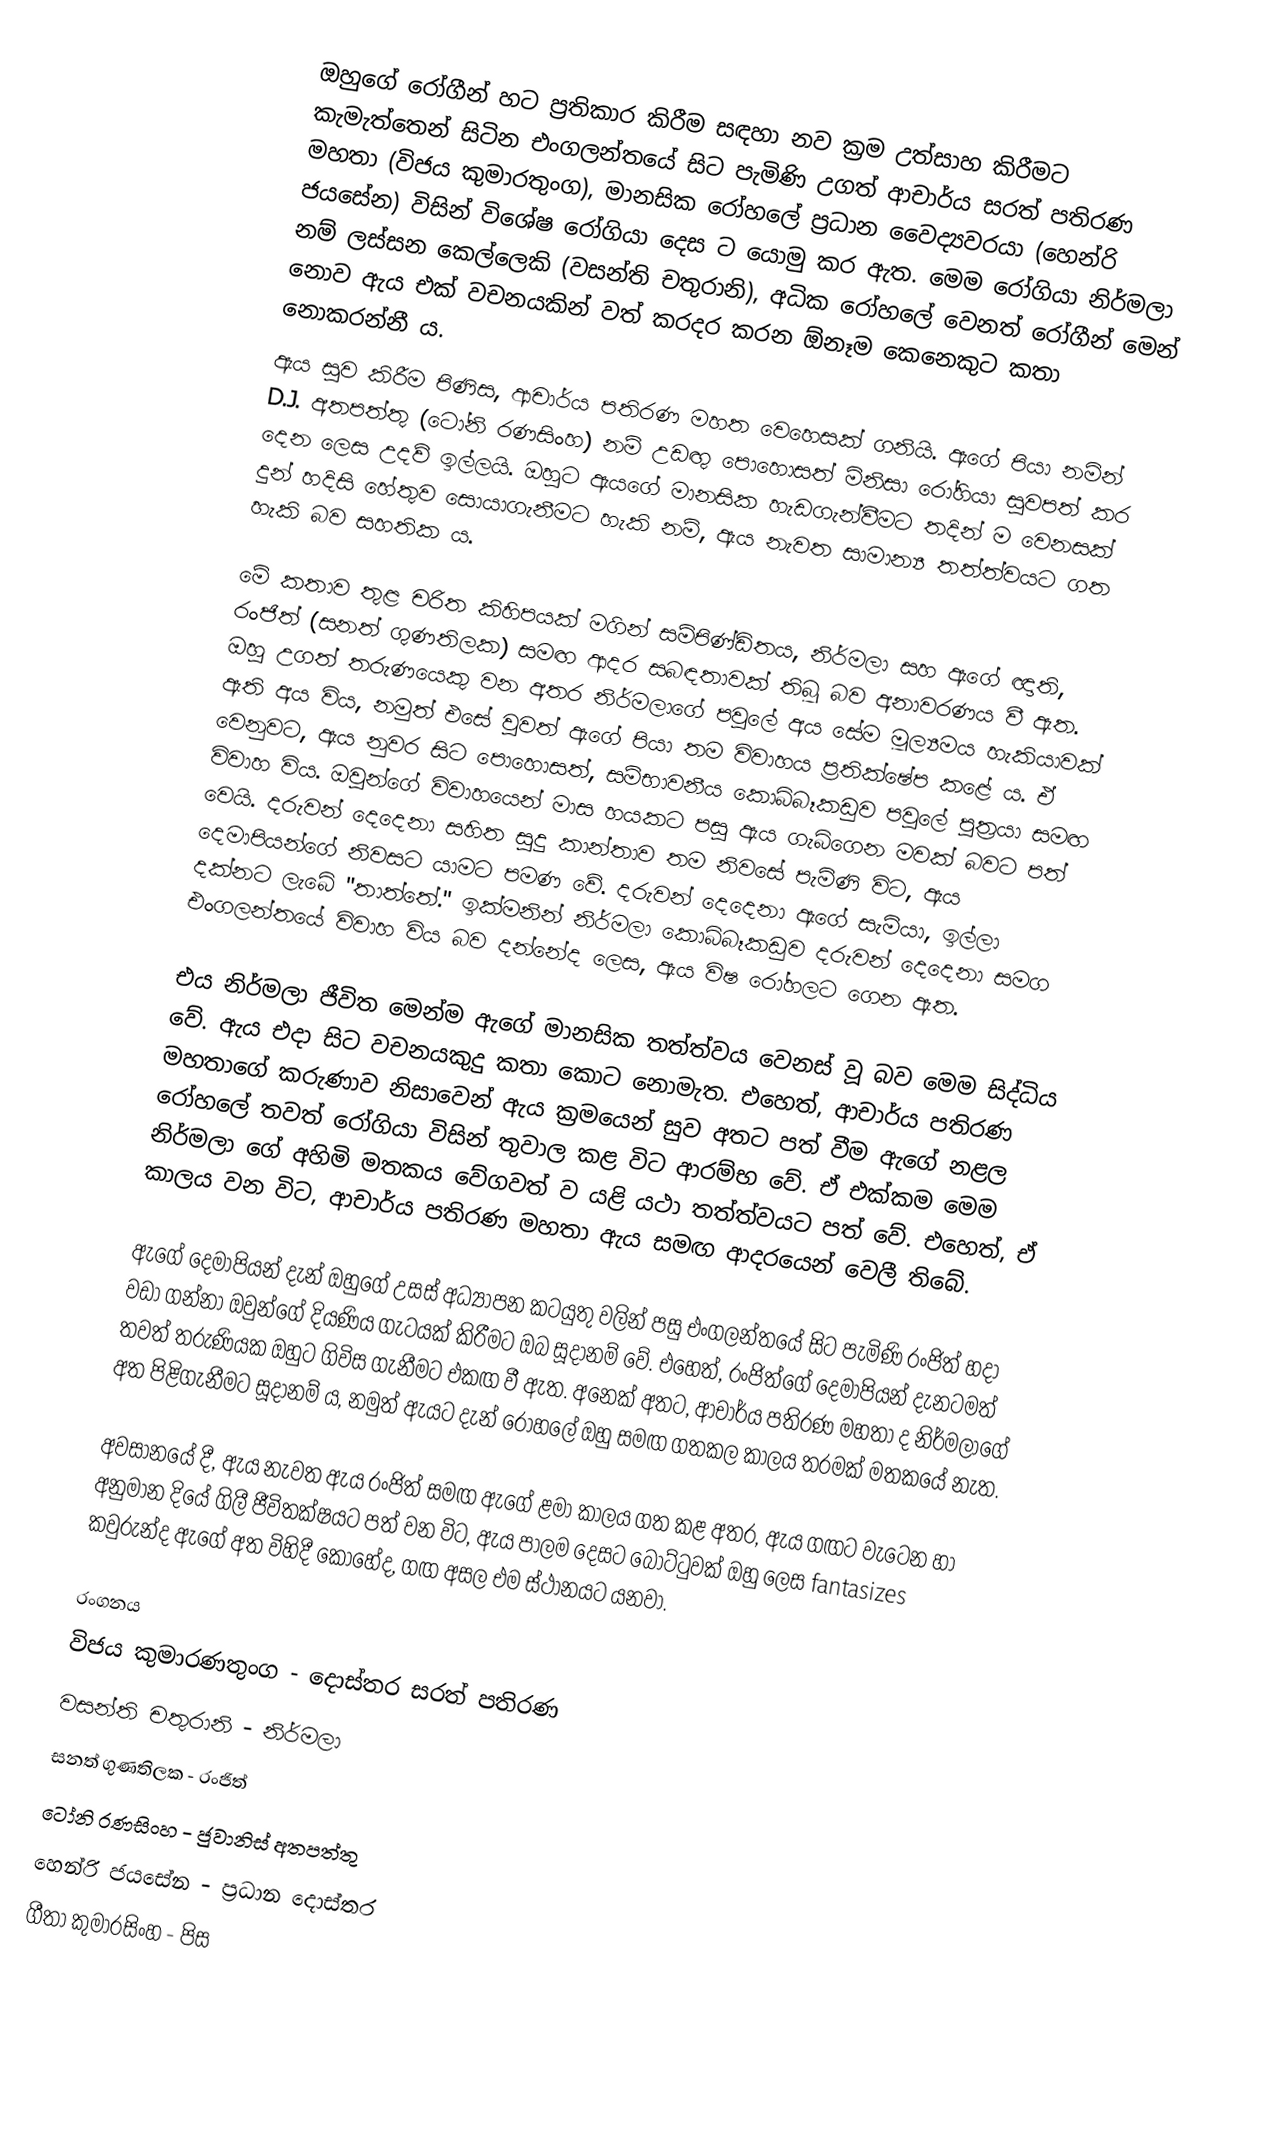
ඔහුගේ රෝගීන් හට ප්‍රතිකාර කිරීම සඳහා නව ක්‍රම උත්සාහ කිරීමට කැමැත්තෙන් සිටින එංගලන්තයේ සිට පැමිණි උගත් ආචාර්ය සරත් පතිරණ මහතා (විජය කුමාරතුංග), මානසික රෝහලේ ප්‍රධාන වෛද්‍යවරයා (හෙන්රි ජයසේන) විසින් විශේෂ රෝගියා දෙස ට යොමු කර ඇත. මෙම රෝගියා නිර්මලා නම් ලස්සන කෙල්ලෙකි (වසන්ති චතුරානි), අධික රෝහලේ වෙනත් රෝගීන් මෙන් නොව ඇය එක් වචනයකින් වත් කරදර කරන ඕනෑම කෙනෙකුට කතා නොකරන්නී ය.
ඇය සුව කිරීම පිණිස, ආචාර්ය පතිරණ මහත වෙහෙසක් ගනියි. ඇගේ පියා නමින් D.J. අතපත්තු (ටෝනි රණසිංහ) නම් උඩඟු පොහොසත් මිනිසා රෝහියා සුවපත් කර දෙන ලෙස උදව් ඉල්ලයි. ඔහුට ඇයගේ මානසික හැඩගැන්වීමට තදින් ම වෙනසක් දුන් හදිසි හේතුව සොයාගැනීමට හැකි නම්, ඇය නැවත සාමාන්‍ය තත්ත්වයට ගත හැකි බව සහතික ය.

මේ කතාව තුළ චරිත කිහිපයක් මගින් සම්පිණ්ඩිතය, නිර්මලා සහ ඇගේ ඥාති, රංජිත් (සනත් ගුණතිලක) සමඟ ආදර සබඳතාවක් තිබූ බව අනාවරණය වී ඇත. ඔහු උගත් තරුණයෙකු වන අතර නිර්මලාගේ පවුලේ අය සේම මූල්‍යමය හැකියාවක් ඇති අය විය, නමුත් එසේ වුවත් ඇගේ පියා තම විවාහය ප්‍රතික්ෂේප කළේ ය. ඒ වෙනුවට, ඇය නුවර සිට පොහොසත්, සම්භාවනීය කොබ්බෑකඩුව පවුලේ පුත්‍රයා සමඟ විවාහ විය. ඔවුන්ගේ විවාහයෙන් මාස හයකට පසු ඇය ගැබ්ගෙන මවක් බවට පත් වෙයි. දරුවන් දෙදෙනා සහිත සුදු කාන්තාව තම නිවසේ පැමිණි විට, ඇය දෙමාපියන්ගේ නිවසට යාමට පමණ වේ. දරුවන් දෙදෙනා ඇගේ සැමියා, ඉල්ලා දක්නට ලැබේ "තාත්තේ." ඉක්මනින් නිර්මලා කොබ්බෑකඩුව දරුවන් දෙදෙනා සමග එංගලන්තයේ විවාහ විය බව දන්නේද ලෙස, ඇය විෂ රෝහලට ගෙන ඇත.

එය නිර්මලා ජීවිත මෙන්ම ඇගේ මානසික තත්ත්වය වෙනස් වූ බව මෙම සිද්ධිය වේ. ඇය එදා සිට වචනයකුදු කතා කොට නොමැත. එහෙත්, ආචාර්ය පතිරණ මහතාගේ කරුණාව නිසාවෙන් ඇය ක්‍රමයෙන් සුව අතට පත් වීම ඇගේ නළල රෝහලේ තවත් රෝගියා විසින් තුවාල කළ විට ආරම්භ වේ. ඒ එක්කම මෙම නිර්මලා ගේ අහිමි මතකය වේගවත් ව ‍යළි යථා තත්ත්වයට පත් වේ. එහෙත්, ඒ කාලය වන විට, ආචාර්ය පතිරණ මහතා ඇය සමඟ ආදරයෙන් වෙලී තිබේ.

ඇගේ දෙමාපියන් දැන් ඔහුගේ උසස් අධ්‍යාපන කටයුතු වලින් පසු එංගලන්තයේ සිට පැමිණි රංජිත් හදා වඩා ගන්නා ඔවුන්ගේ දියණිය ගැටයක් කිරීමට ඔබ සූදානම් වේ. එහෙත්, රංජිත්ගේ දෙමාපියන් දැනටමත් තවත් තරුණියක ඔහුට ගිවිස ගැනීමට එකඟ වී ඇත. අනෙක් අතට, ආචාර්ය පතිරණ මහතා ද නිර්මලාගේ අත පිළිගැනීමට සූදානම් ය, නමුත් ඇයට දැන් රෝහලේ ඔහු සමඟ ගතකල කාලය තරමක් මතක‍යේ නැත.

අවසානයේ දී, ඇය නැවත ඇය රංජිත් සමඟ ඇගේ ළමා කාලය ගත කළ අතර, ඇය ගඟට වැටෙන හා අනුමාන දියේ ගිලී ජීවිතක්ෂයට පත් වන විට, ඇය පාලම දෙසට බෝට්ටුවක් ඔහු ලෙස fantasizes කවුරුන්ද ඇගේ අත විහිදී කොහේද, ගඟ අසල එම ස්ථානයට යනවා.

රංගනය
විජය කුමාරණතුංග - දොස්තර සරත් පතිරණ
වසන්ති චතුරානි - නිර්මලා
සනත් ගුණතිලක - රංජිත්
ටෝනි රණසිංහ - ජුවානිස් අතපත්තු
හෙන්රි ජයසේන - ප්‍රධාන දොස්තර
ගීතා කුමාරසිංහ - පිස